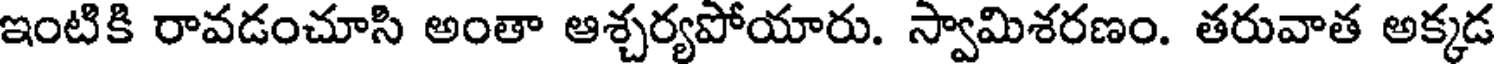
ఇంటికి రావడంచూసి అంతా ఆశ్చర్యపోయారు. స్వామిశరణం. తరువాత అక్కడ